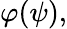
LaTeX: \varphi(\psi),